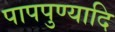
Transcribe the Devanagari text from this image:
पापपुण्यादि